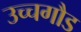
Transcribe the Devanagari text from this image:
उच्चगौड